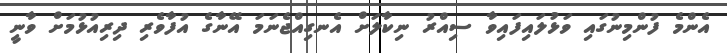
އެންމެ ފުންމިނުގައި ވަޅުލައިފައިވާ ސިއްރު ނިކާލަށް އެނގިއްޖެނަމަ އޭނާގެ އުފާވެރި ދިރިއުޅުމަށް ވާނީ